Civil Veterinary Department Bihar reports 1940-50 - 1940-1950
Year: 1940
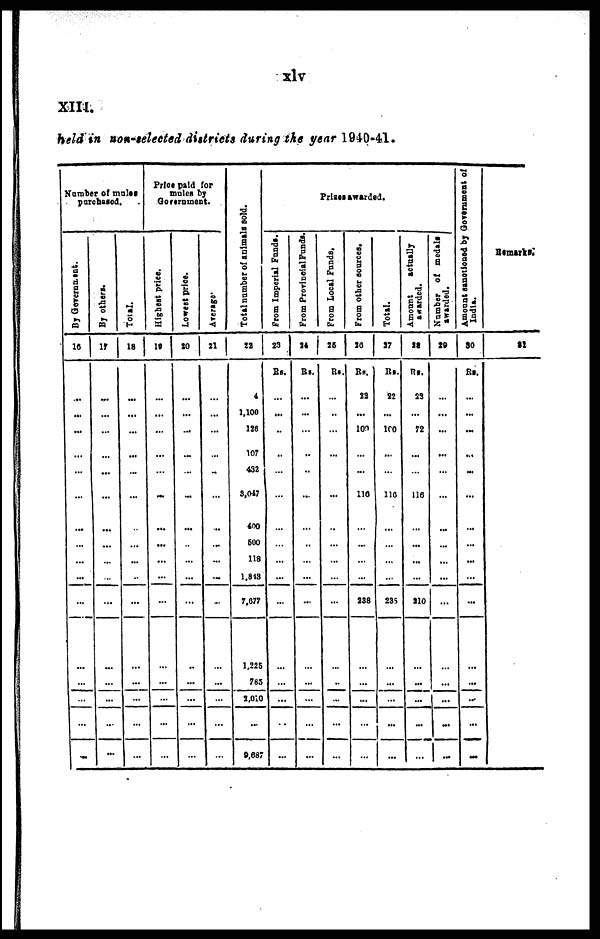
xlv
xIII
held in non-selected districts during the year 1940-41.
Number of mules.
purchased.
By Government.
16
...
...
...
...
...
...
...
...
...
...
...
...
...
...
...
By others
17
...
...
...
...
...
...
...
...
...
...
...
...
...
...
...
Total.
18
...
...
...
...
...
...
...
...
...
...
...
...
...
...
...
Price paid for
males by
Government.
Highest price.
19
...
...
...
...
...
...
...
...
...
...
...
...
...
...
....
Lowest price.
2O
...
...
...
...
...
...
...
...
...
...
...
...
...
...
...
Average.
21
...
...
...
...
...
...
...
...
...
...
...
...
...
...
...
Total number of animals sold.
22
4
1,100
126
107
432
3,047
400
500
118
1,813
7.077
1,225
785
2,010
9,687
Prizes awarded.
From Imperial Funds.
23
Rs.
...
...
...
...
...
...
...
...
...
...
...
...
...
...
...
From Provincial Funds.
24
Rs.
...
...
...
...
...
...
...
...
...
...
...
...
...
...
...
From Local Funds,
25
Rs.
...
...
...
...
...
...
...
...
...
...
...
...
...
...
—
From other sources.
26
Rs.
22
...
100
...
...
116
...
...
...
...
138
...
...
...
—
Total.
27
Rs.
22
...
100
...
...
116
...
...
...
...
23S
...
...
...
...
Amount
actually
awarded.
28
Rs.
23
...
72
...
...
116
...
...
...
...
210
...
...
...
...
Number of medals
awarded.
|
29
...
...
...
...
...
...
...
...
...
...
...
...
...
...
...
Amount sanctioned by Government of 1
India.
30
Rs.
...
...
...
...
...
...
...
...
...
...
...
...
...
...
...
Remarks.
31